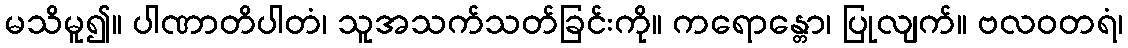
မသိမူ၍။ ပါဏာတိပါတံ၊ သူအသက်သတ်ခြင်းကို။ ကရောန္တော၊ ပြုလျက်။ ဗလဝတရံ၊